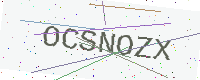
Text: OCSNOZX